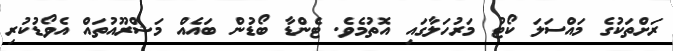
ރަށްތަކުގެ މައްސަލަ ކޯޓު މަރުހަލާގައި އޮތުމެވެ. ޓެންޑާ ބޯޑުން ބައެއް މަޝްރޫއުތައް އެވޯޑުކުރި